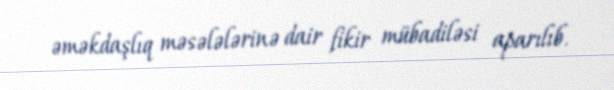
əməkdaşlıq məsələlərinə dair fikir mübadiləsi aparılıb.